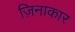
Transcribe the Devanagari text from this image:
ज़िनाकार